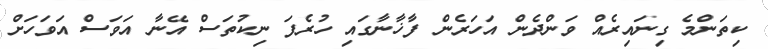
ކިތަންމެ ގިނައިރެއް ވަންދެން އަހަރެން ފާޚާނާގައި ހުރެފަ ނިކުތަސް އޭނާ އަވަސް އަވަހަށް